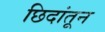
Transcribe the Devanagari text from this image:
छिदांतून